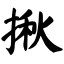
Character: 揪